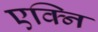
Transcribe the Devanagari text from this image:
एक्नि